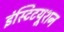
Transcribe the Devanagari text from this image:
इंस्टिटयूशन